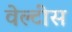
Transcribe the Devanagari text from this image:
वेल्टींस